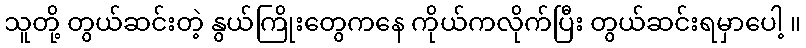
သူတို့ တွယ်ဆင်းတဲ့ နွယ်ကြိုးတွေကနေ ကိုယ်ကလိုက်ပြီး တွယ်ဆင်းရမှာပေါ့ ။